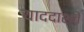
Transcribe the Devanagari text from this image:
याददाश्तें